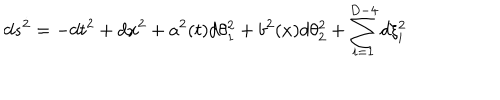
d s ^ { 2 } = - d t ^ { 2 } + d x ^ { 2 } + a ^ { 2 } ( t ) d \theta _ { 1 } ^ { 2 } + b ^ { 2 } ( x ) d \theta _ { 2 } ^ { 2 } + \sum _ { i = 1 } ^ { D - 4 } d \xi _ { i } ^ { 2 }